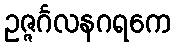
ဥဇ္ဇင်္ဂလနဂရကေ